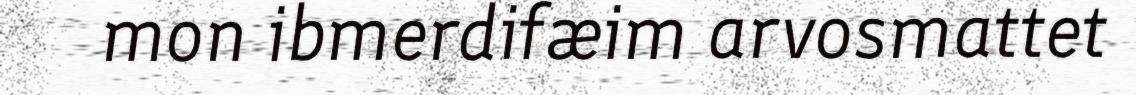
mon ibmerdifæim arvosmattet